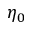
\eta _ { 0 }